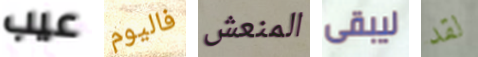
عيب فاليوم المنعش ليبقى لقد